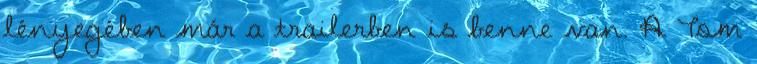
lényegében már a trailerben is benne van. A Tom